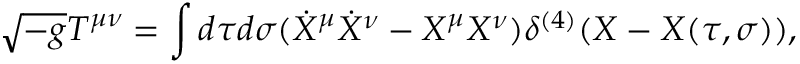
\sqrt { - g } T ^ { \mu \nu } = \int d \tau d \sigma ( \dot { X } ^ { \mu } \dot { X } ^ { \nu } - X ^ { \mu } X ^ { \nu } ) \delta ^ { ( 4 ) } ( X - X ( \tau , \sigma ) ) ,